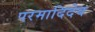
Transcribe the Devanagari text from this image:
परमादिदेव